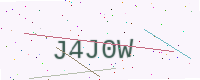
Text: J4J0W